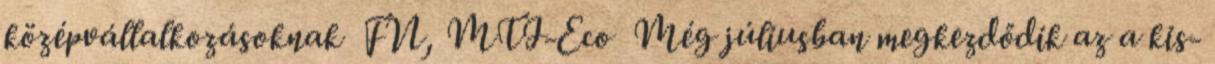
középvállalkozásoknak FN, MTI-Eco Még júliusban megkezdődik az a kis-